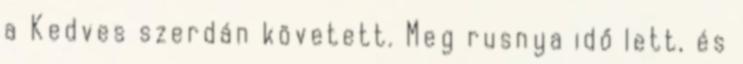
a Kedves szerdán követett. Meg rusnya idő lett, és